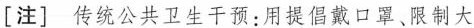
[注] 传统公共卫生干预：用提倡戴口罩。限制大